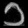
Digit: ၁